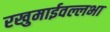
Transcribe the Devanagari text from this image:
रखुमाईवल्लभा